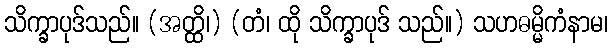
သိက္ခာပုဒ်သည်။ (အတ္ထိ၊) (တံ၊ ထို သိက္ခာပုဒ် သည်။) သဟဓမ္မိကံနာမ၊